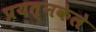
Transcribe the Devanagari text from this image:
प्रयत्‍नकेले